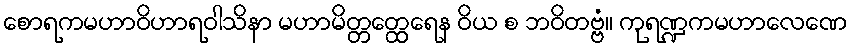
စောရကမဟာဝိဟာရဝါသိနာ မဟာမိတ္တတ္ထေရေန ဝိယ စ ဘဝိတဗ္ဗံ။ ကုရဏ္ဍကမဟာလေဏေ